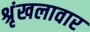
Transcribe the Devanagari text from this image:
श्रृंखलावार